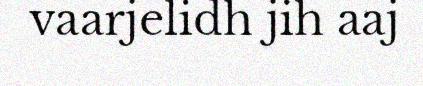
vaarjelidh jih aaj